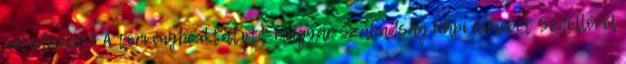
hetedikéket? A törvénybe iktatott Magyar Szabadság Napi ünnepet Gödöllőről